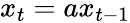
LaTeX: x_{t}=ax_{t-1}